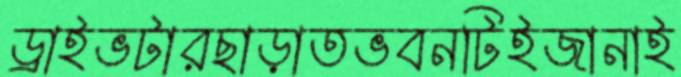
ড্রাইভটারছাড়াতভবনটিইজানাই